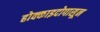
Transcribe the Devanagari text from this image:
होक्काइदोपासून